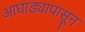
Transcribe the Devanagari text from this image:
आघाड्यापासून